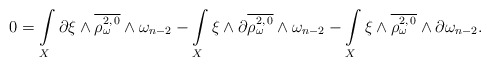
\begin{align*}0=\int\limits_X \partial\xi \wedge \overline{\rho_\omega^{2,\,0}} \wedge \omega_{n-2} -\int\limits_X \xi \wedge \partial\overline{\rho_\omega^{2,\,0}} \wedge \omega_{n-2}- \int\limits_X \xi \wedge \overline{\rho_\omega^{2,\,0}} \wedge \partial \omega_{n-2}.\end{align*}